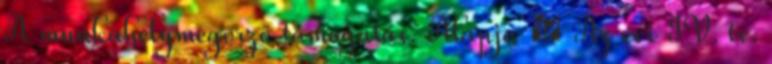
A munkahelymegőrző támogatás. Alapja  Az évi IV. tv.